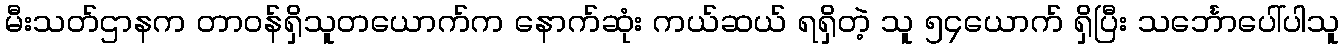
မီးသတ်ဌာနက တာဝန်ရှိသူတယောက်က နောက်ဆုံး ကယ်ဆယ် ရရှိတဲ့ သူ ၅၄ယောက် ရှိပြီး သင်္ဘောပေါ်ပါသူ